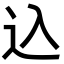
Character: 込